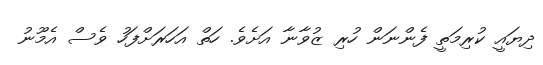
ދިޔައީ ކުރިމަތީ ފެންނަން ހުރި ޒުވާނާ އަށެވެ. ހަތް އަހަރަށްފަހު ވެސް އެމޫނު